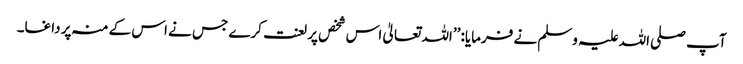
آپ صلی اللہ علیہ وسلم نے فرمایا: ’’اللہ تعالیٰ اس شخص پر لعنت کرے جس نے اس کے منہ پر داغا۔